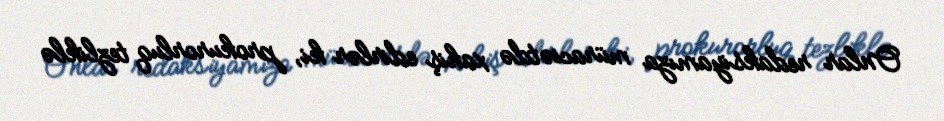
Onlar redaksiyamıza müraciətdə xahiş edirlər ki, prokurorluq tezliklə